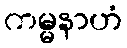
ကမ္မနာဟံ